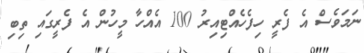
ނަމަވެސް އެ ފެރީ ހިފެހެއްޓިއިރު 100 އެއްހާ މީހުން އެ ފެރީގައި ތިބި